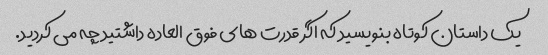
یک داستان کوتاه بنویسید که اگر قدرت های فوق العاده داشتید چه می کردید.